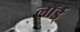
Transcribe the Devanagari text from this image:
लॉर्ड्